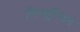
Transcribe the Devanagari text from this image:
लिग्यूरियन